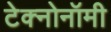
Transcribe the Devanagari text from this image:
टेक्नोनॉमी